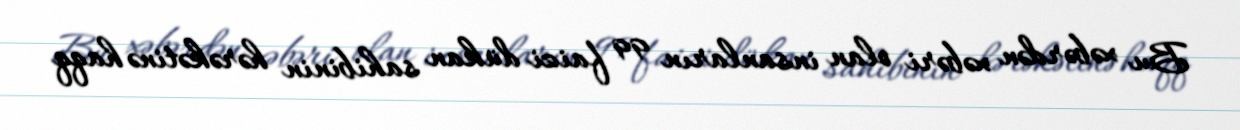
Bu xəbərdən xəbəri olan insanların 99 faizi dükan sahibinin hərəkətinə haqq